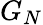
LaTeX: G_{N}